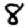
Digit: 8